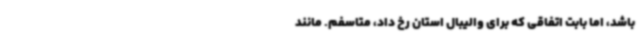
باشد، اما بابت اتفاقی که برای والیبال استان رخ داد، متاسفم. مانند